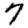
Digit: 7